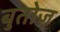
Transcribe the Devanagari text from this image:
बुतोज़